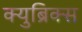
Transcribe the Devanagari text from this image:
क्युब्रिक्स